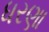
ધરણા